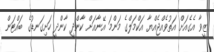
ޒީވާ އެގެއަށް އަތުވެއްޖެއްޔާ އަކްމަލްގެ މަންމަ އޭނާއަށް ކާންދީ ކާންދީ ހަށިގަނޑުގެ ބައްޓަން